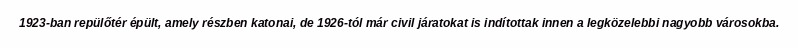
1923-ban repülőtér épült, amely részben katonai, de 1926-tól már civil járatokat is indítottak innen a legközelebbi nagyobb városokba.